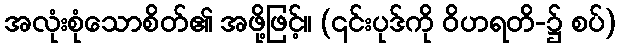
အလုံးစုံသောစိတ်၏ အဖို့ဖြင့်။ (၎င်းပုဒ်ကို ဝိဟရတိ-၌ စပ်)